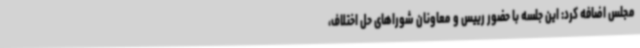
مجلس اضافه کرد: این جلسه با حضور رییس و معاونان شوراهای حل اختلاف،